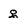
Character: g